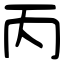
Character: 丙